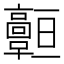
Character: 𩫧